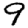
Digit: 9